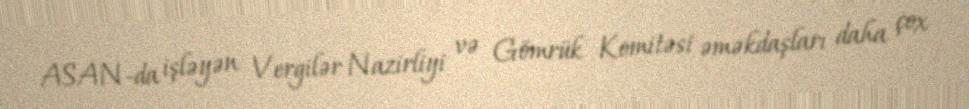
ASAN-da işləyən Vergilər Nazirliyi və Gömrük Komitəsi əməkdaşları daha çox